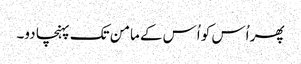
پھر اُس کو اُس کے مامن تک پہنچا دو۔